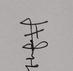
Signature authenticity: genuine